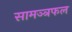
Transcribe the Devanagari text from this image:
सामञ्त्रफल